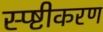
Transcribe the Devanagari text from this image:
स्प्ष्टीकरण